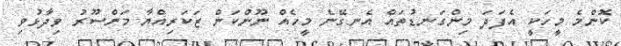
ކޮންމެ މީހަކީ އެފަދަ މިންގަނޑުތައް އެނގޭނެ މީހެއް ނޫންކަން ޒަކަރިއްޔާ މަންސޫރު ވިދާޅުވި